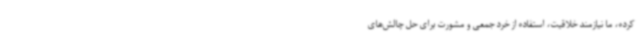
کرده، ما نیازمند خلاقیت، استفاده از خرد جمعی و مشورت برای حل چالش‌های